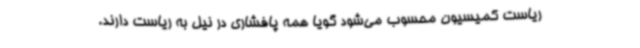
ریاست کمیسیون محسوب می‌شود گویا همه پافشاری در نیل به ریاست دارند.